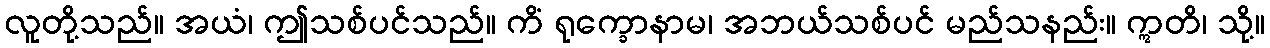
လူတို့သည်။ အယံ၊ ဤသစ်ပင်သည်။ ကိံ ရုက္ခောနာမ၊ အဘယ်သစ်ပင် မည်သနည်း။ ဣတိ၊ သို့။